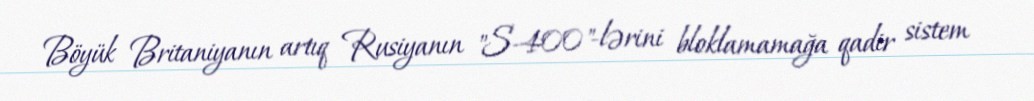
Böyük Britaniyanın artıq Rusiyanın "S-400"-lərini bloklamamağa qadir sistem